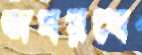
অবয়বে